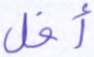
أفل